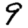
Digit: 9